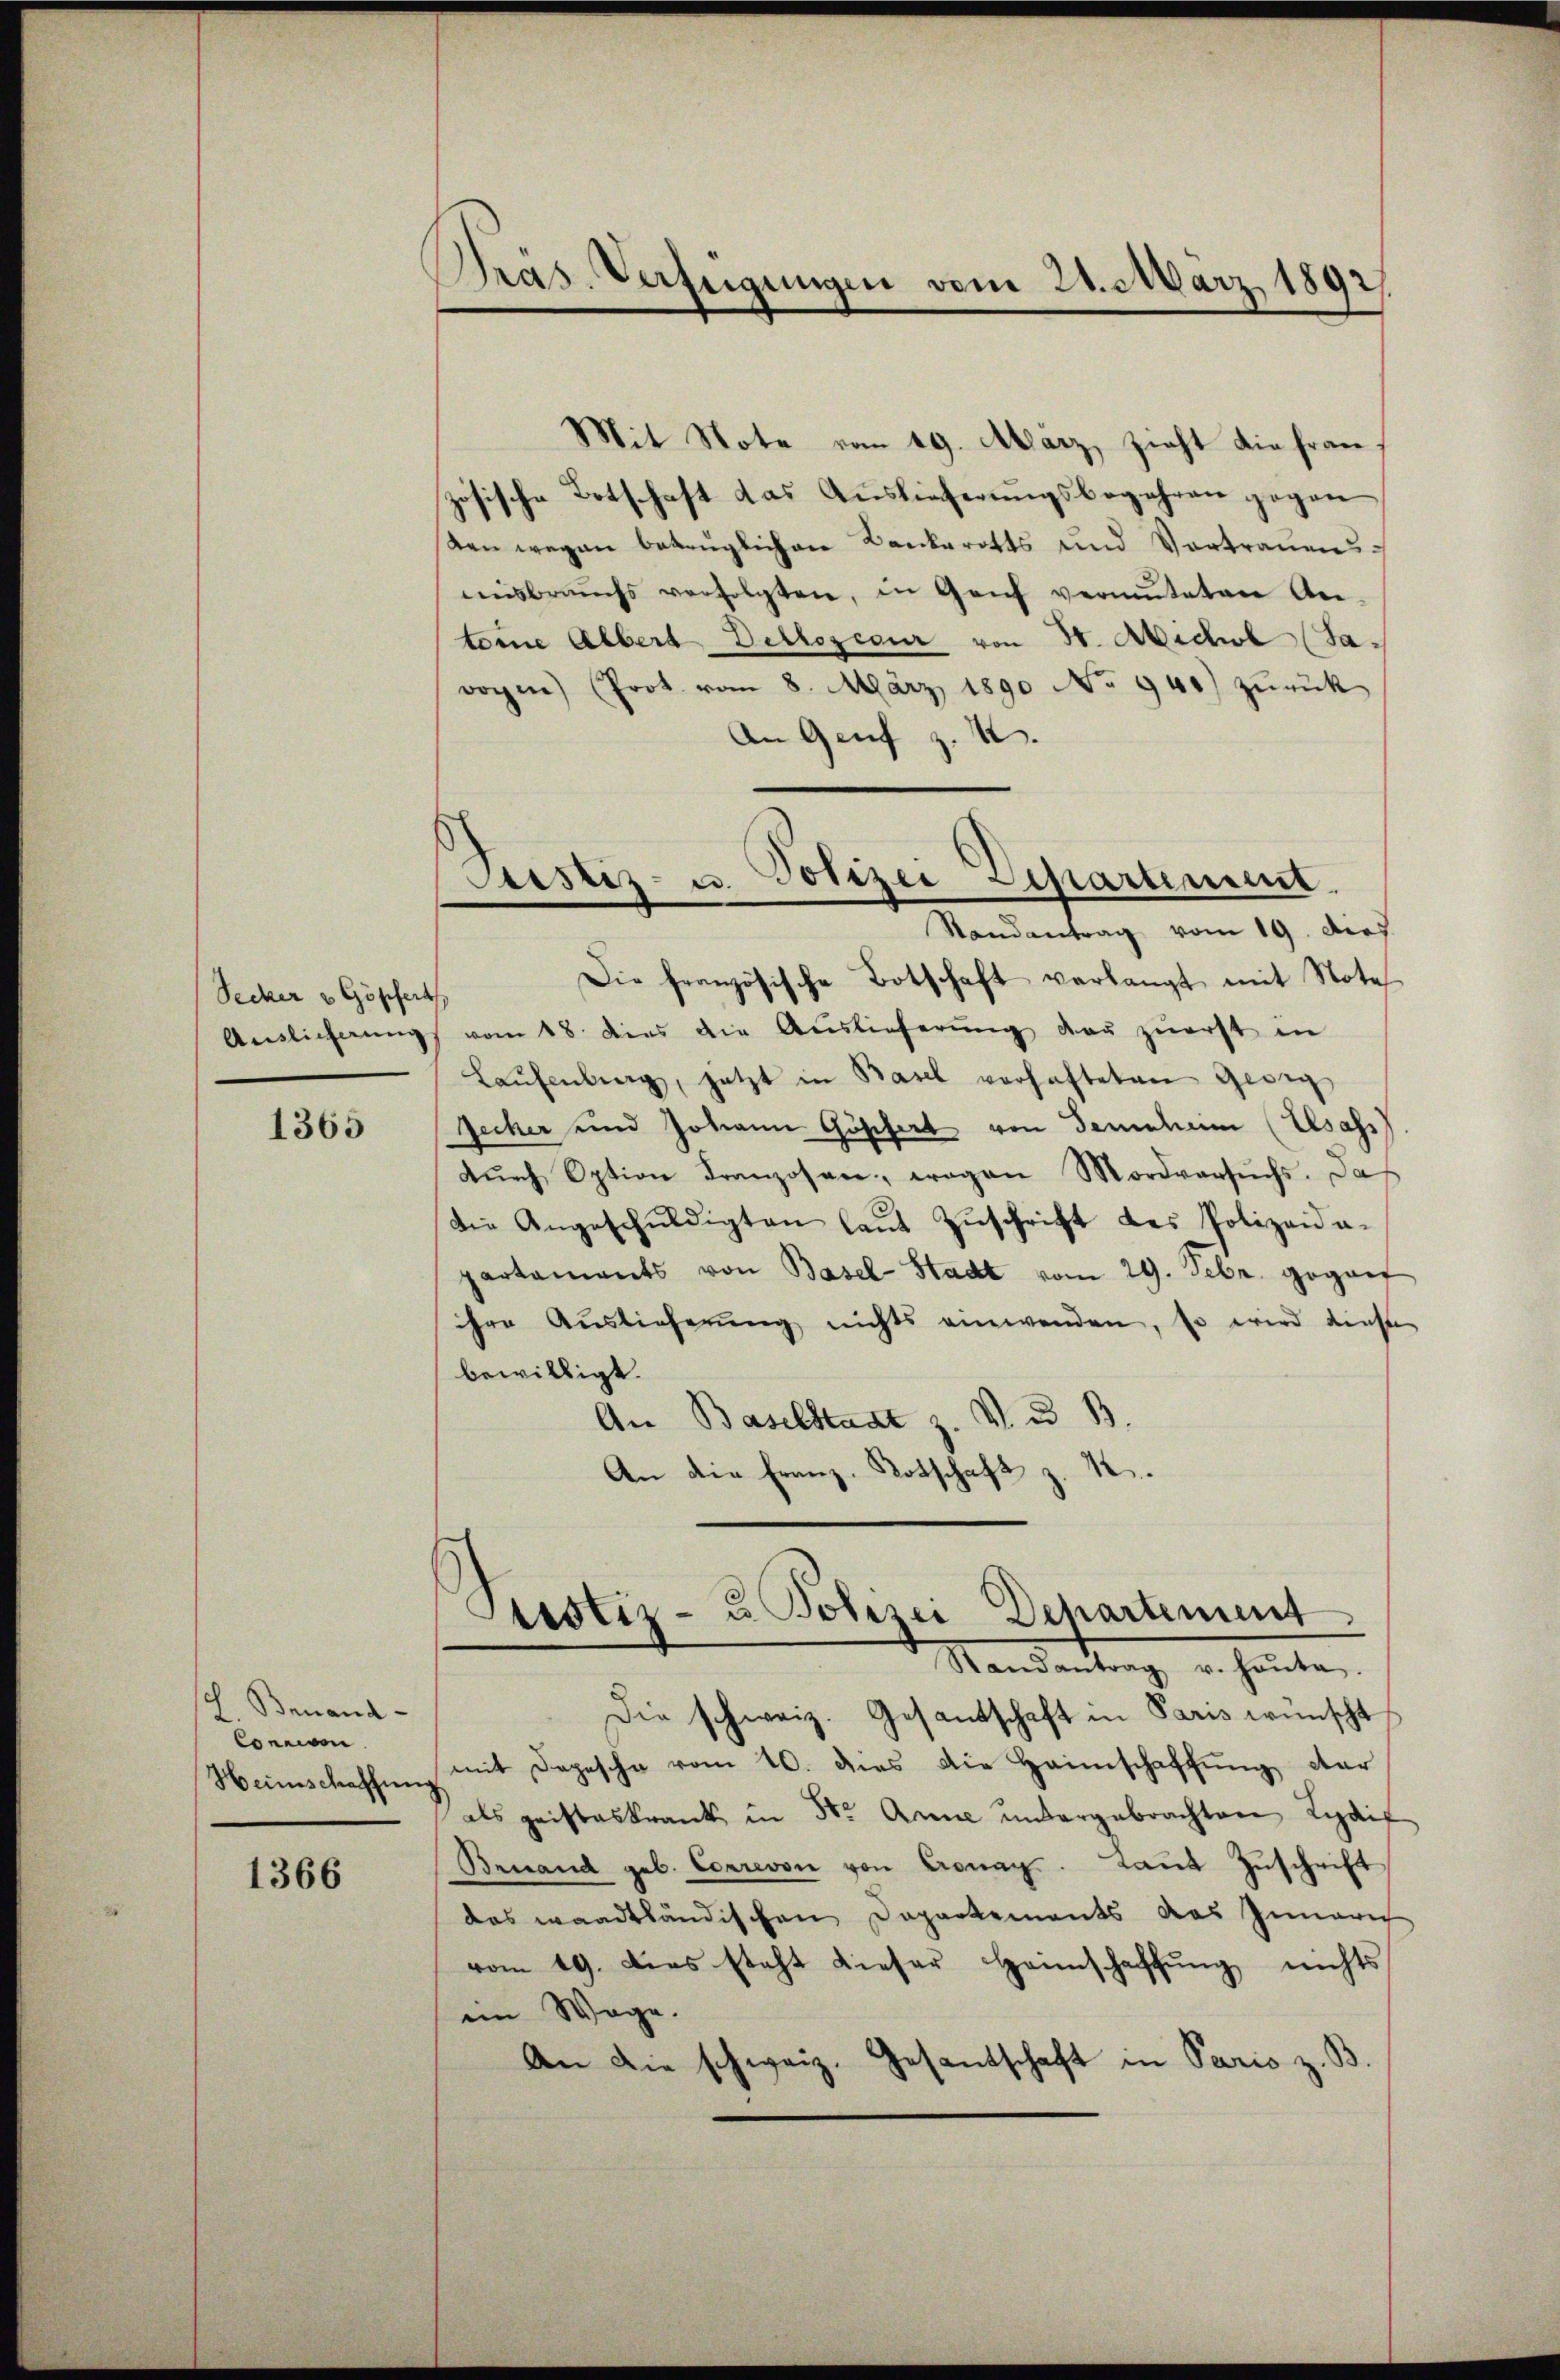
Secker v Göpfert
Auslicherung

1365

sch. Benand
Concison.
Heimschaffung

1366

Präs. Verfügungen vom 21. März 1892
—

Justiz- u. Polizei Departement.
Randantrag vom 19. dies

Mit Note von 19. März, zieht die französische Botschaft das Auslieferungsbegehren gegen
Aen wegen betrüglichen Bankerotts und Vortrauensnisbrauchs verfolgten, in Genf vermuteten An-
toine Albert Detlozedur von 30. Michl (Ja.
vogen (Prot. vom 8. März 1890 No 941) zurück
An Genf z. B.
Die französische Botschaft verlangt mit Notes
vom 18. dies die Auslieferŭng daŭ zŭerst in
Laŭfenburg, jetzt in Basel verhafteten Geig
Zecher und Johann Göschert von Gemaheim (Elsass
dŭrch Option Franzosen, wegen Mordversuchs. Das
die Angeschuldigten laut Zuschrift des Polizeiapartaments von Basel-Stadt vom 29. Febr. gegan
ihre Auslieferung nichts einwenden, so wird diese
bewilligt.
An Baselstaat z. V. u. B.
An die Franz. Kotschaft z. R.

Justiz- u. Polizei Departement
Mandantung u. heuten

Die schweiz. Gesantschaft in Paris wünscht
mit Depesche vom 10. dies die Heimschaffung der
als geisteskrank in Str. Anne untergebrachten Liaif
Benand geb. Correvon von Cronay. Laut Zuschrift
das waadtländischen Departements das Innern
vom 19. Dies steht dieser Heimschaffung nichts
im Wege.
An die schweiz. Gesandtschaft in Paris z. B.